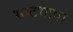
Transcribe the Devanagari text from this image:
भ्रष्टभाषा